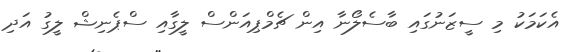
އެކަމަކު މި ސީޒަނުގައި ބާސެލޯނާ އިން ޗެމްޕިއަންސް ލީގާއި ސްޕެނިޝް ލީގު އަދި